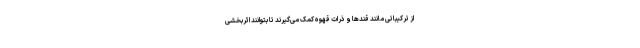
از ترکیباتی مانند قندها و ذرات قهوه کمک می‌گیرند تا بتوانند اثربخشی